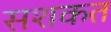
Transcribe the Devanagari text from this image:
सशकत